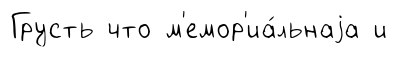
Грусть что м'емор'иа́льнаjа и